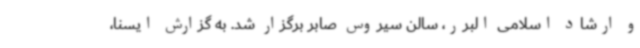
و ارشاد اسلامی البرر، سالن سیروس صابر برگزار شد. به گزارش ایسنا،